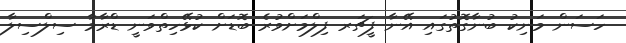
ހަސަން މަނިކު ބުނާގޮތުގައި އޭނާ ފީޗަރ ފިލްމަށްވުރެ ބޮޑަށް ކުޅޭހިތްވަނީ ޑްރާމާ ސިލްސިލާ